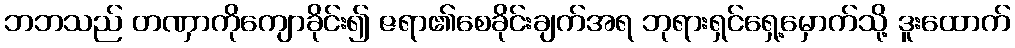
ဘဘသည် တဏှာကိုကျောခိုင်း၍ ဇရာ၏စေခိုင်းချက်အရ ဘုရားရှင်ရှေ့မှောက်သို့ ဒူးထောက်